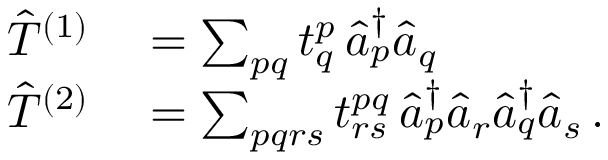
\begin{array} { r l } { \hat { T } ^ { ( 1 ) } } & { { } = \sum _ { p q } t _ { q } ^ { p } \, \hat { a } _ { p } ^ { \dagger } \hat { a } _ { q } } \\ { \hat { T } ^ { ( 2 ) } } & { { } = \sum _ { p q r s } t _ { r s } ^ { p q } \, \hat { a } _ { p } ^ { \dagger } \hat { a } _ { r } \hat { a } _ { q } ^ { \dagger } \hat { a } _ { s } \, . } \end{array}